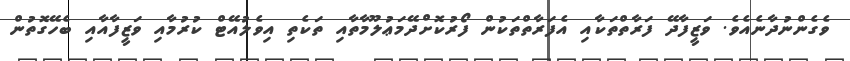
ވެގެންނުދާނެއެވެ. ވަޒީފާދޭ ފަރާތްތަކާއި އެފަރާތްތަކުން ފޯރުކޮށްދޭމަޢުލޫމާތާއި ތަކެތި އިވެލުއޭޓް ކުރުމާއި ވަޒީފާއާއި ބެހޭގޮތުން